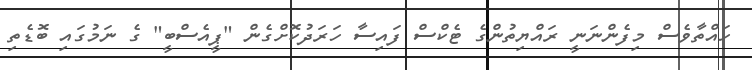
ހައްތާވެސް މިފެންނަނީ ރައްޔިތުންގެ ޓެކްސް ފައިސާ ހަރަދުކޮށްގެން "ޕީއެސްބީ" ގެ ނަމުގައި ބޮޑެތި